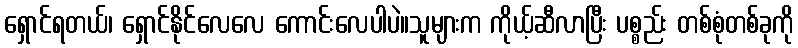
ရှောင်ရတယ်၊ ရှောင်နိုင်လေလေ ကောင်းလေပါပဲ။သူများက ကိုယ့်ဆီလာပြီး ပစ္စည်း တစ်စုံတစ်ခုကို